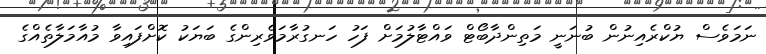
ނަމަވެސް ޔުކްރެއިނުން ބުނަނީ މަތިންދާބޯޓް ވައްޓާލުމަށް ފަހު ހަނގުރާމަވެރިންގެ ބަޔަކު ކޮށްފައިވާ މުއާމަލާތެއްގެ